Trukikaitis_Postimees, lk 156
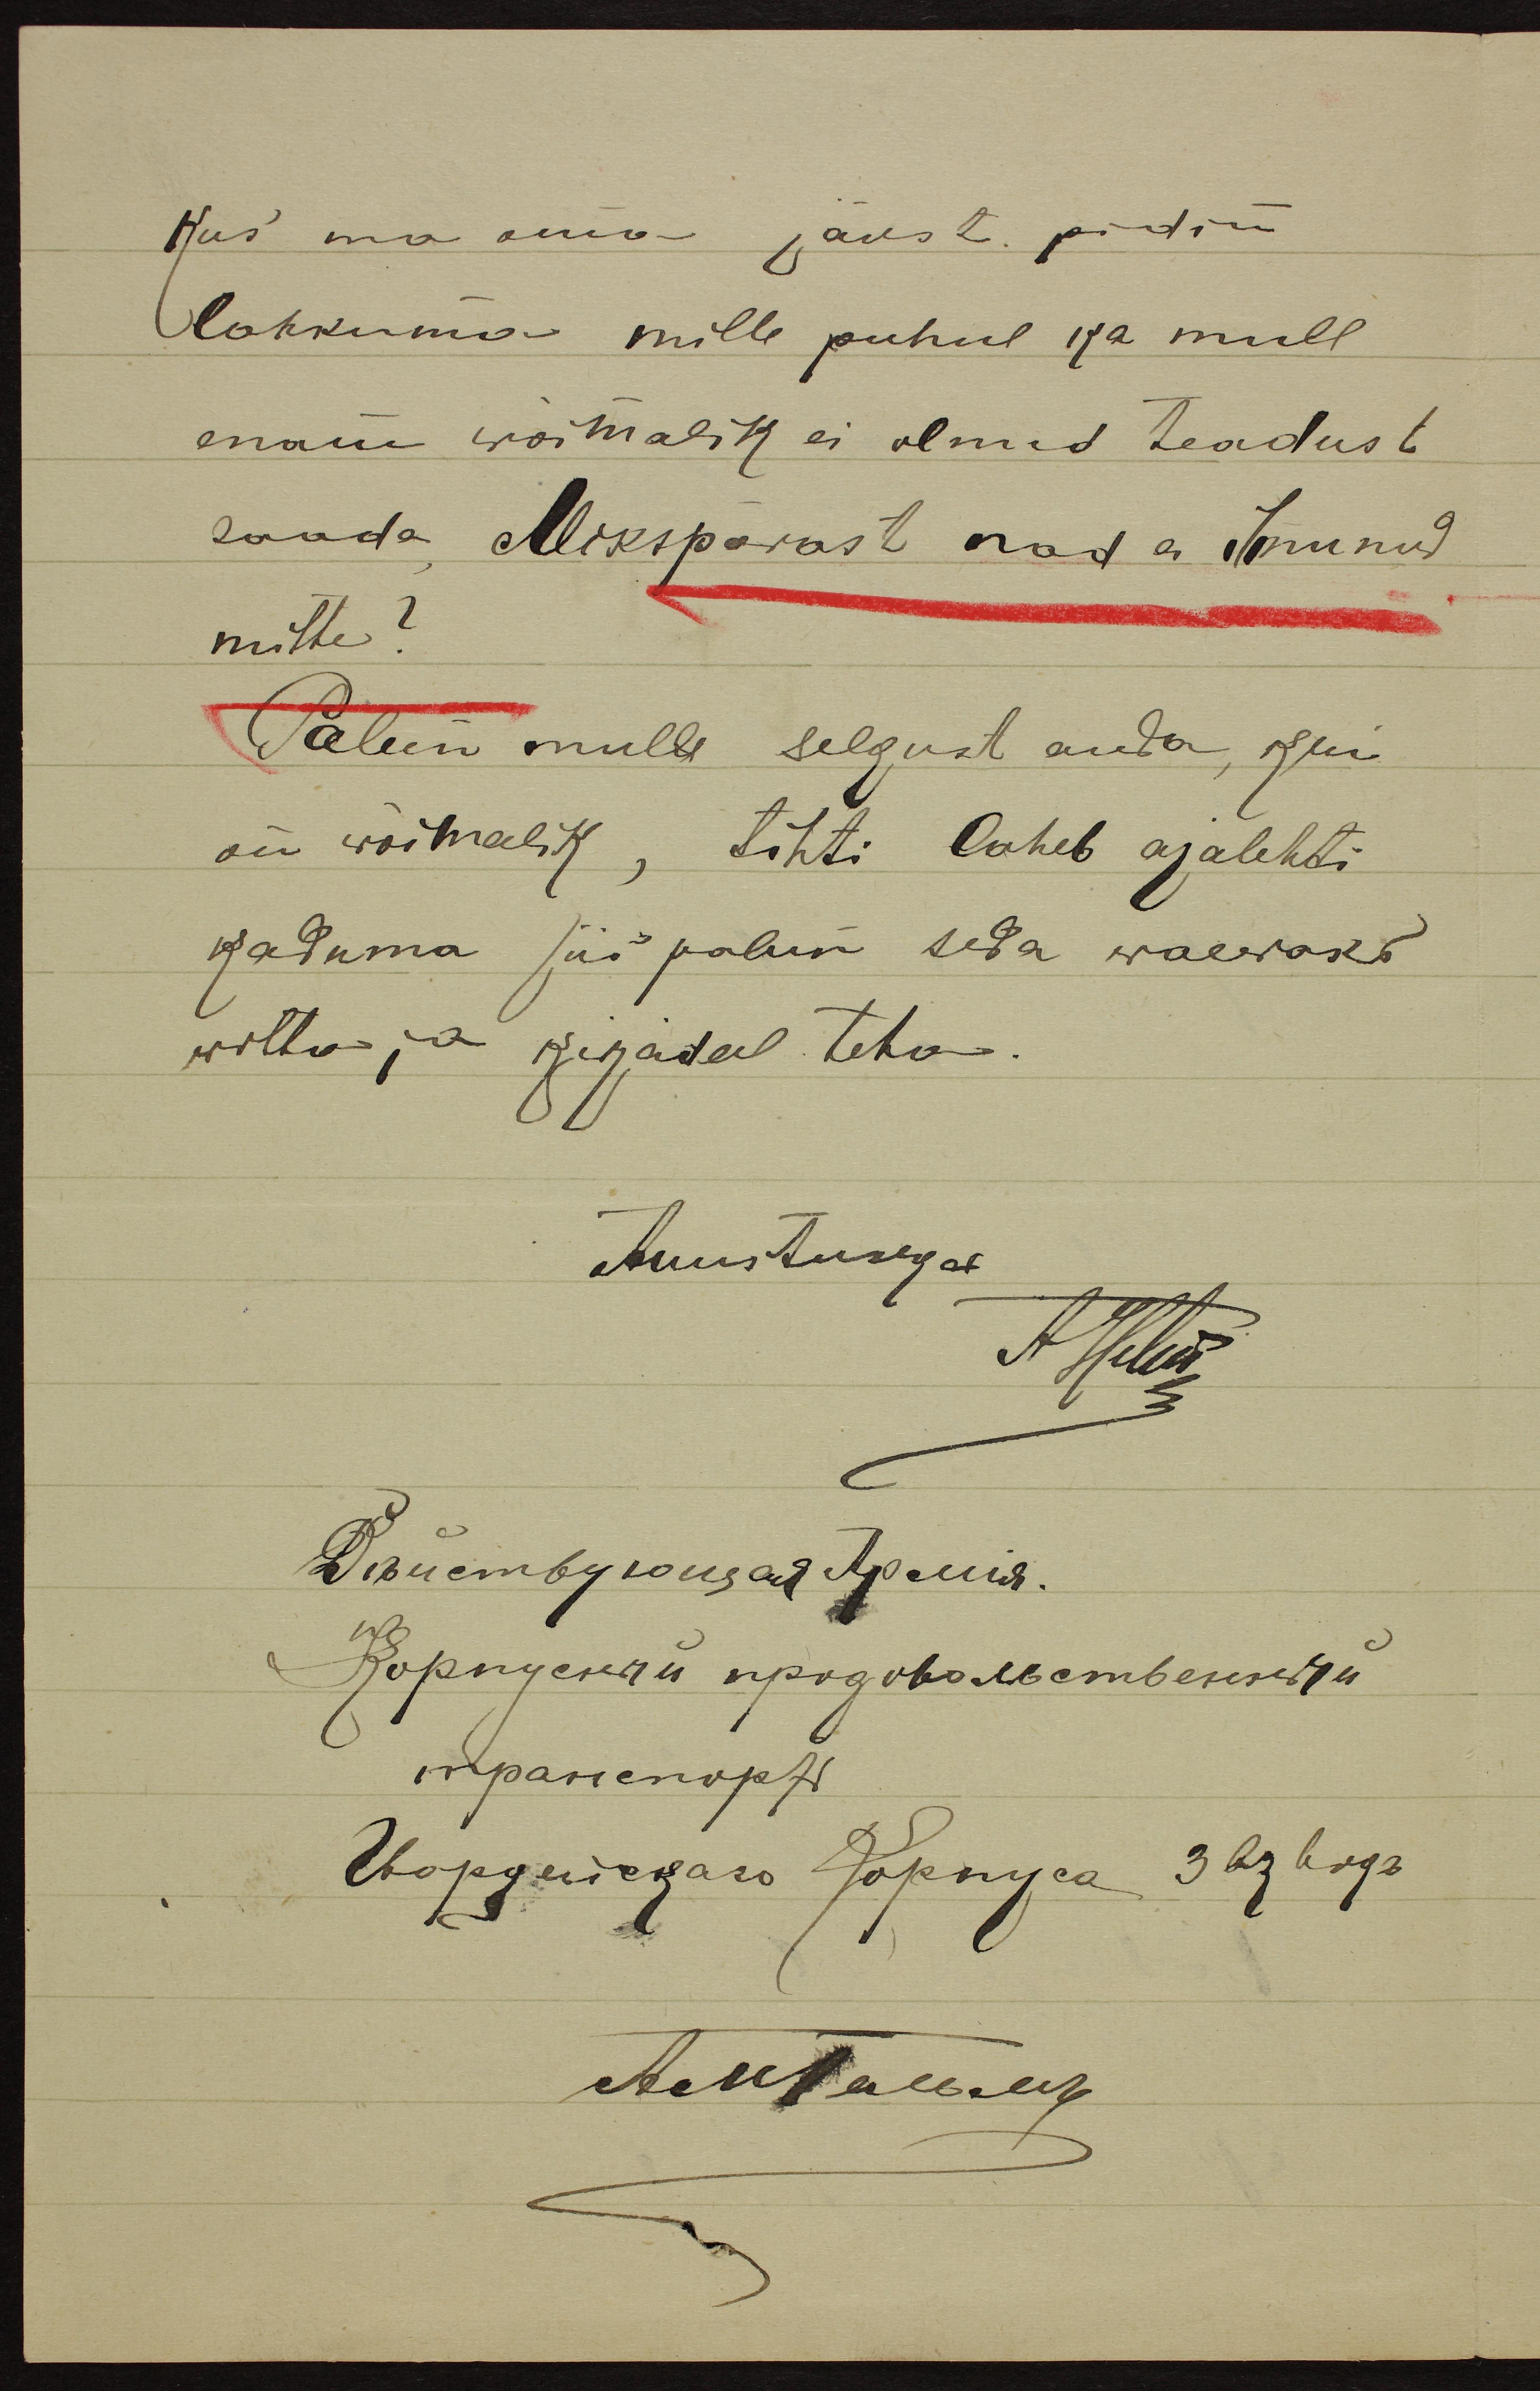
Kus ma oma jõust pidin
lahkuma mille puhul ka mull
enam wõimalik ei olnud teadust
saada Mikspärast nad ei ilmunud
mitte?
Palun mulle selgust anda, kui
on wõimalik, tihti laheb ajalehti
kaduma siis palun seda waewaks
wõtta ja kirjateel teha.
Auustusega
AHelur
Aekta ei uk